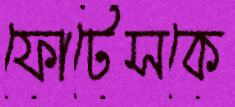
ফোর্টেসকে